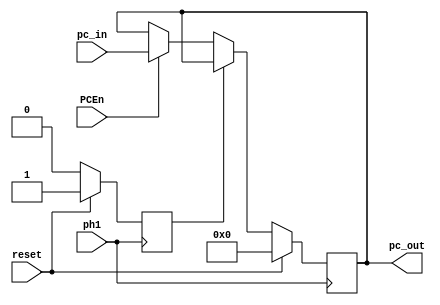
module PC (
	
	input ph1, reset, PCEn,
	input [7:0] pc_in,

	output reg [7:0] pc_out = 8'b0

);
	reg rst;
	always @(posedge ph1) begin
		if (reset) begin
			pc_out <= 8'b0;
			rst <= 1'b1;
		end else if (rst) begin
			rst <= 1'b0;
		end else if (PCEn) begin
			pc_out <= pc_in;
		end
	end
endmodule